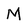
Character: M